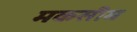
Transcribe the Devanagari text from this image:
मकसीम